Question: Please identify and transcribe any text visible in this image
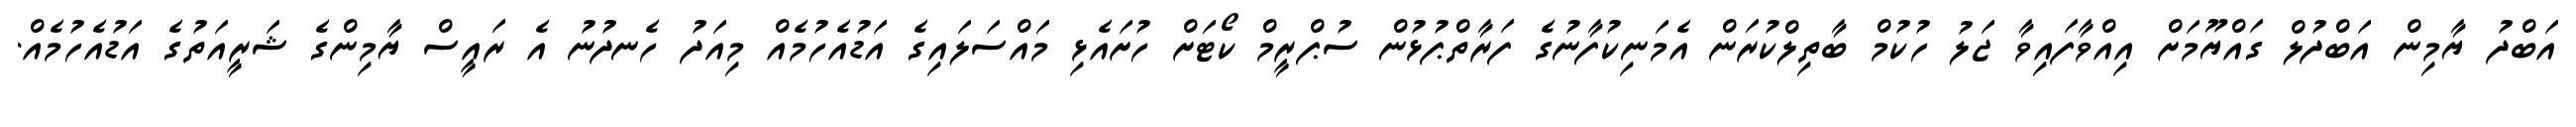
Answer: އަބްދު ޔާމިން އަބްދުލް ގައްޔޫމަށް އިއްވާފައިވާ ޖަލު ހުކުމް ބާތިލްކުރަން އެމަނިކުފާނުގެ ފަރާތްޕުޅުން ސުޕްރީމް ކޯޓަށް ހުށައެޅި މައްސަލައިގެ އަޑުއެހުމެއް މިއަދު ހެނދުނު އެ ރައީސް ޔާމިންގެ ޝަރީއަތުގެ އަޑުއެހުމެއް.